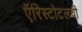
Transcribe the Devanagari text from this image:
ऍरिस्टोटलची